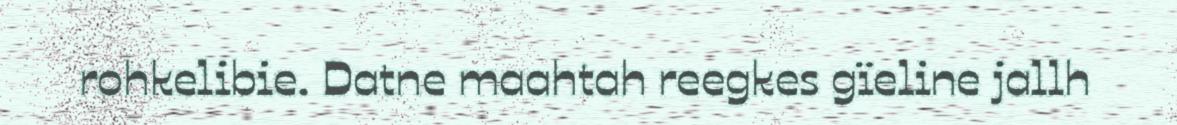
rohkelibie. Datne maahtah reegkes gïeline jallh